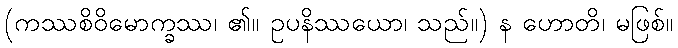
(ကဿစိဝိမောက္ခဿ၊ ၏။ ဥပနိဿယော၊ သည်။) န ဟောတိ၊ မဖြစ်။